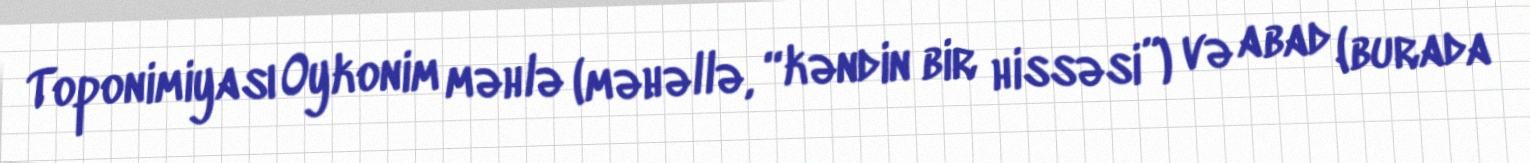
Toponimiyası Oykonim məhlə (məhəllə, “kəndin bir hissəsi”) və abad (burada